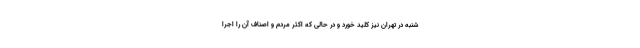
شنبه در تهران نیز کلید خورد و در حالی که اکثر مردم و اصناف آن را اجرا